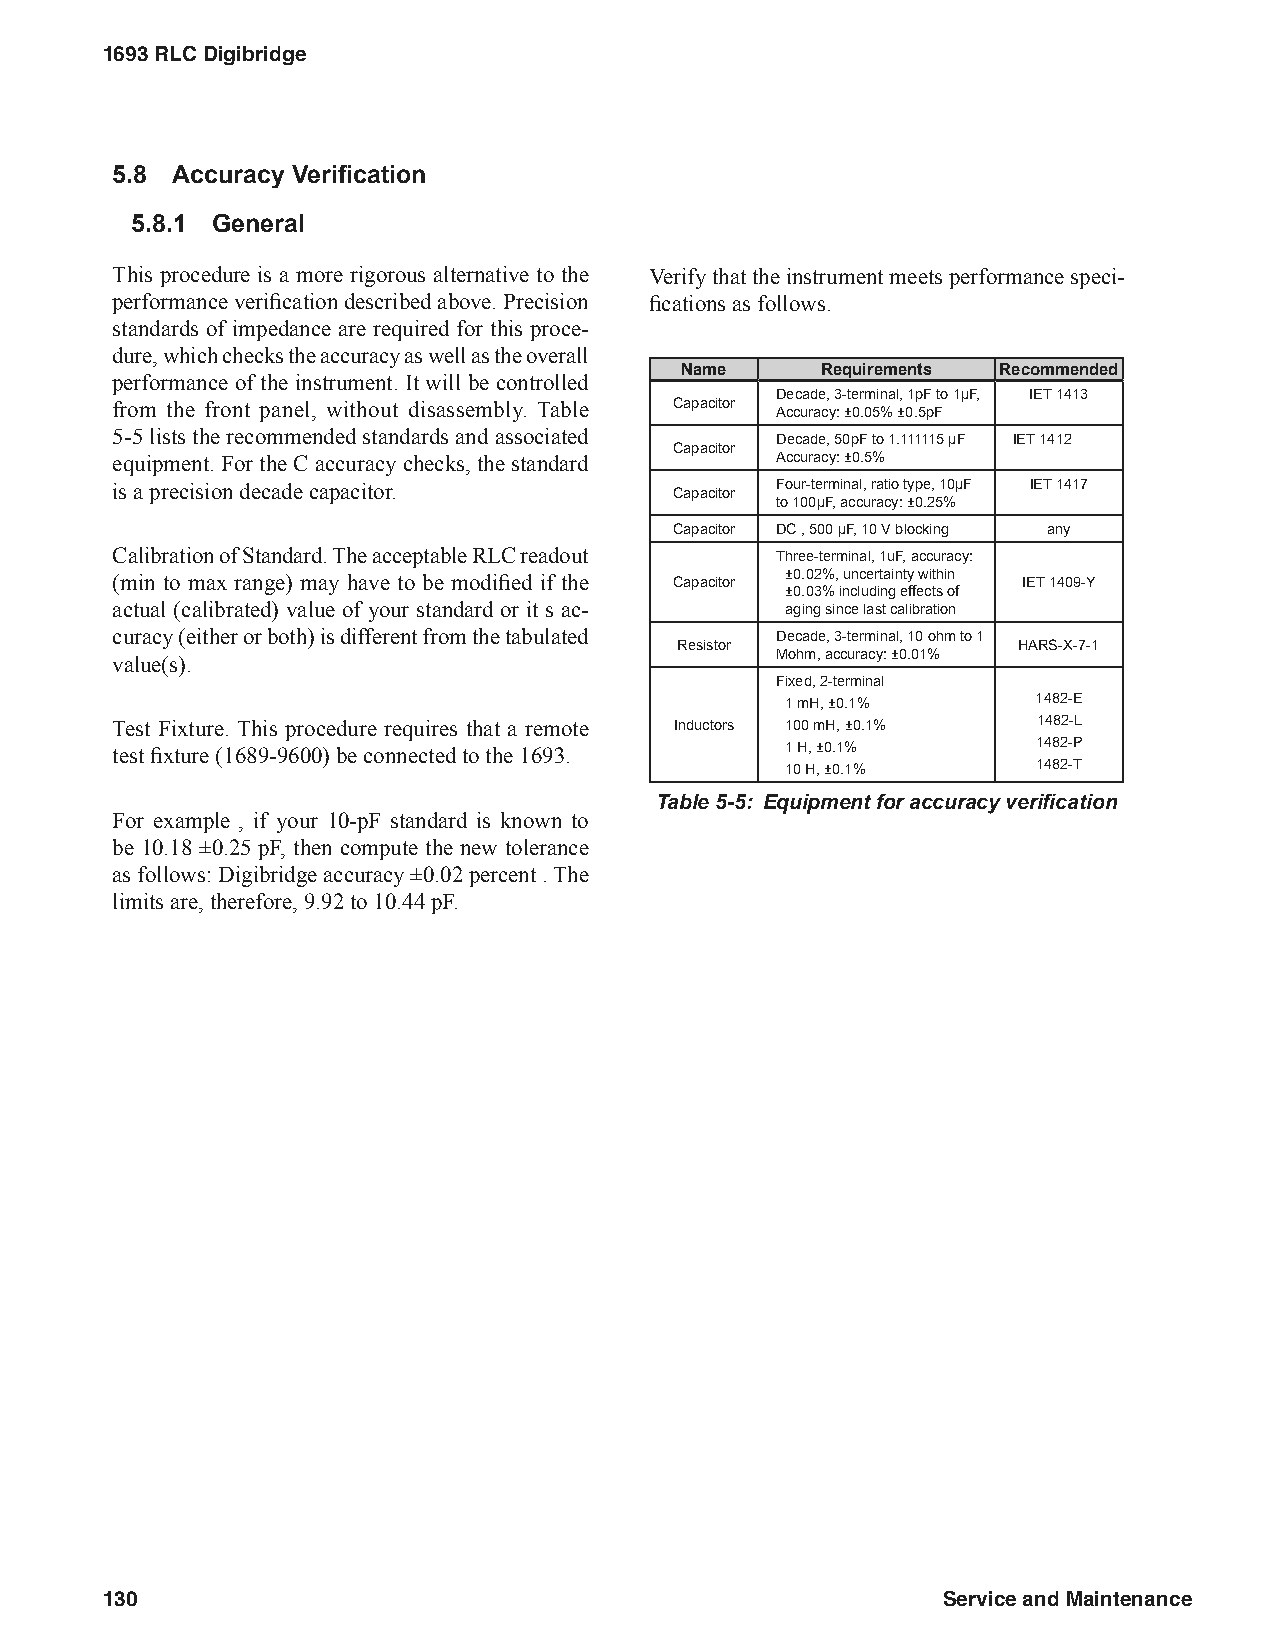
1693 RLC Digibridge
 5.8 Accuracy Verification
 5.8.1 General
 This procedure is a more rigorous alternative to the Verify that the instrument meets performance speci-
 performance verification described above. Precision fications as follows.
 standards of impedance are required for this proce-
 dure, which checks the accuracy as well as the overall
 Name     Requirements Recommended
 performance of the instrument. It will be controlled
 Decade, 3-terminal, 1pF to 1µF, IET 1413
 from the front panel, without disassembly. Table Capacitor Accuracy: ±0.05% ±0.5pF
 5-5 lists the recommended standards and associated Decade, 50pF to 1.111115 µF IET 1412
 Capacitor
 equipment. For the C accuracy checks, the standard Accuracy: ±0.5%
 is a precision decade capacitor.      Capacitor Four-terminal, ratio type, 10µF IET 1417
 to 100µF, accuracy: ±0.25%
 Capacitor DC , 500 µF, 10 V blocking any
 Calibration of Standard. The acceptable RLC readout Three-terminal, 1uF, accuracy:
 (min to max range) may have to be modified if the Capacitor ±0.02%, uncertainty within IET 1409-Y
 ±0.03% including effects of
 actual (calibrated) value of your standard or it s ac- aging since last calibration
 curacy (either or both) is different from the tabulated Decade, 3-terminal, 10 ohm to 1
 Resistor              HARS-X-7-1
 Mohm, accuracy: ±0.01%
 value(s).
 Fixed, 2-terminal
 1 mH, ±0.1%      1482-E
 Test Fixture. This procedure requires that a remote Inductors 100 mH, ±0.1% 1482-L
 test fixture (1689-9600) be connected to the 1693. 1 H, ±0.1% 1482-P
 10 H, ±0.1%      1482-T
 Table 5-5: Equipment for accuracy verification
 For example , if your 10-pF standard is known to
 be 10.18 ±0.25 pF, then compute the new tolerance
 as follows: Digibridge accuracy ±0.02 percent . The
 limits are, therefore, 9.92 to 10.44 pF.
 130                                                    Service and Maintenance